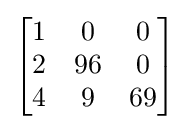
{\begin{bmatrix}1&0&0\\2&96&0\\4&9&69\end{bmatrix}}